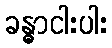
ခန္ဓာငါးပါး